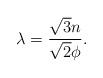
LaTeX: \begin{align*}\lambda = \frac{\sqrt{3} n}{\sqrt{2} \phi}.\end{align*}